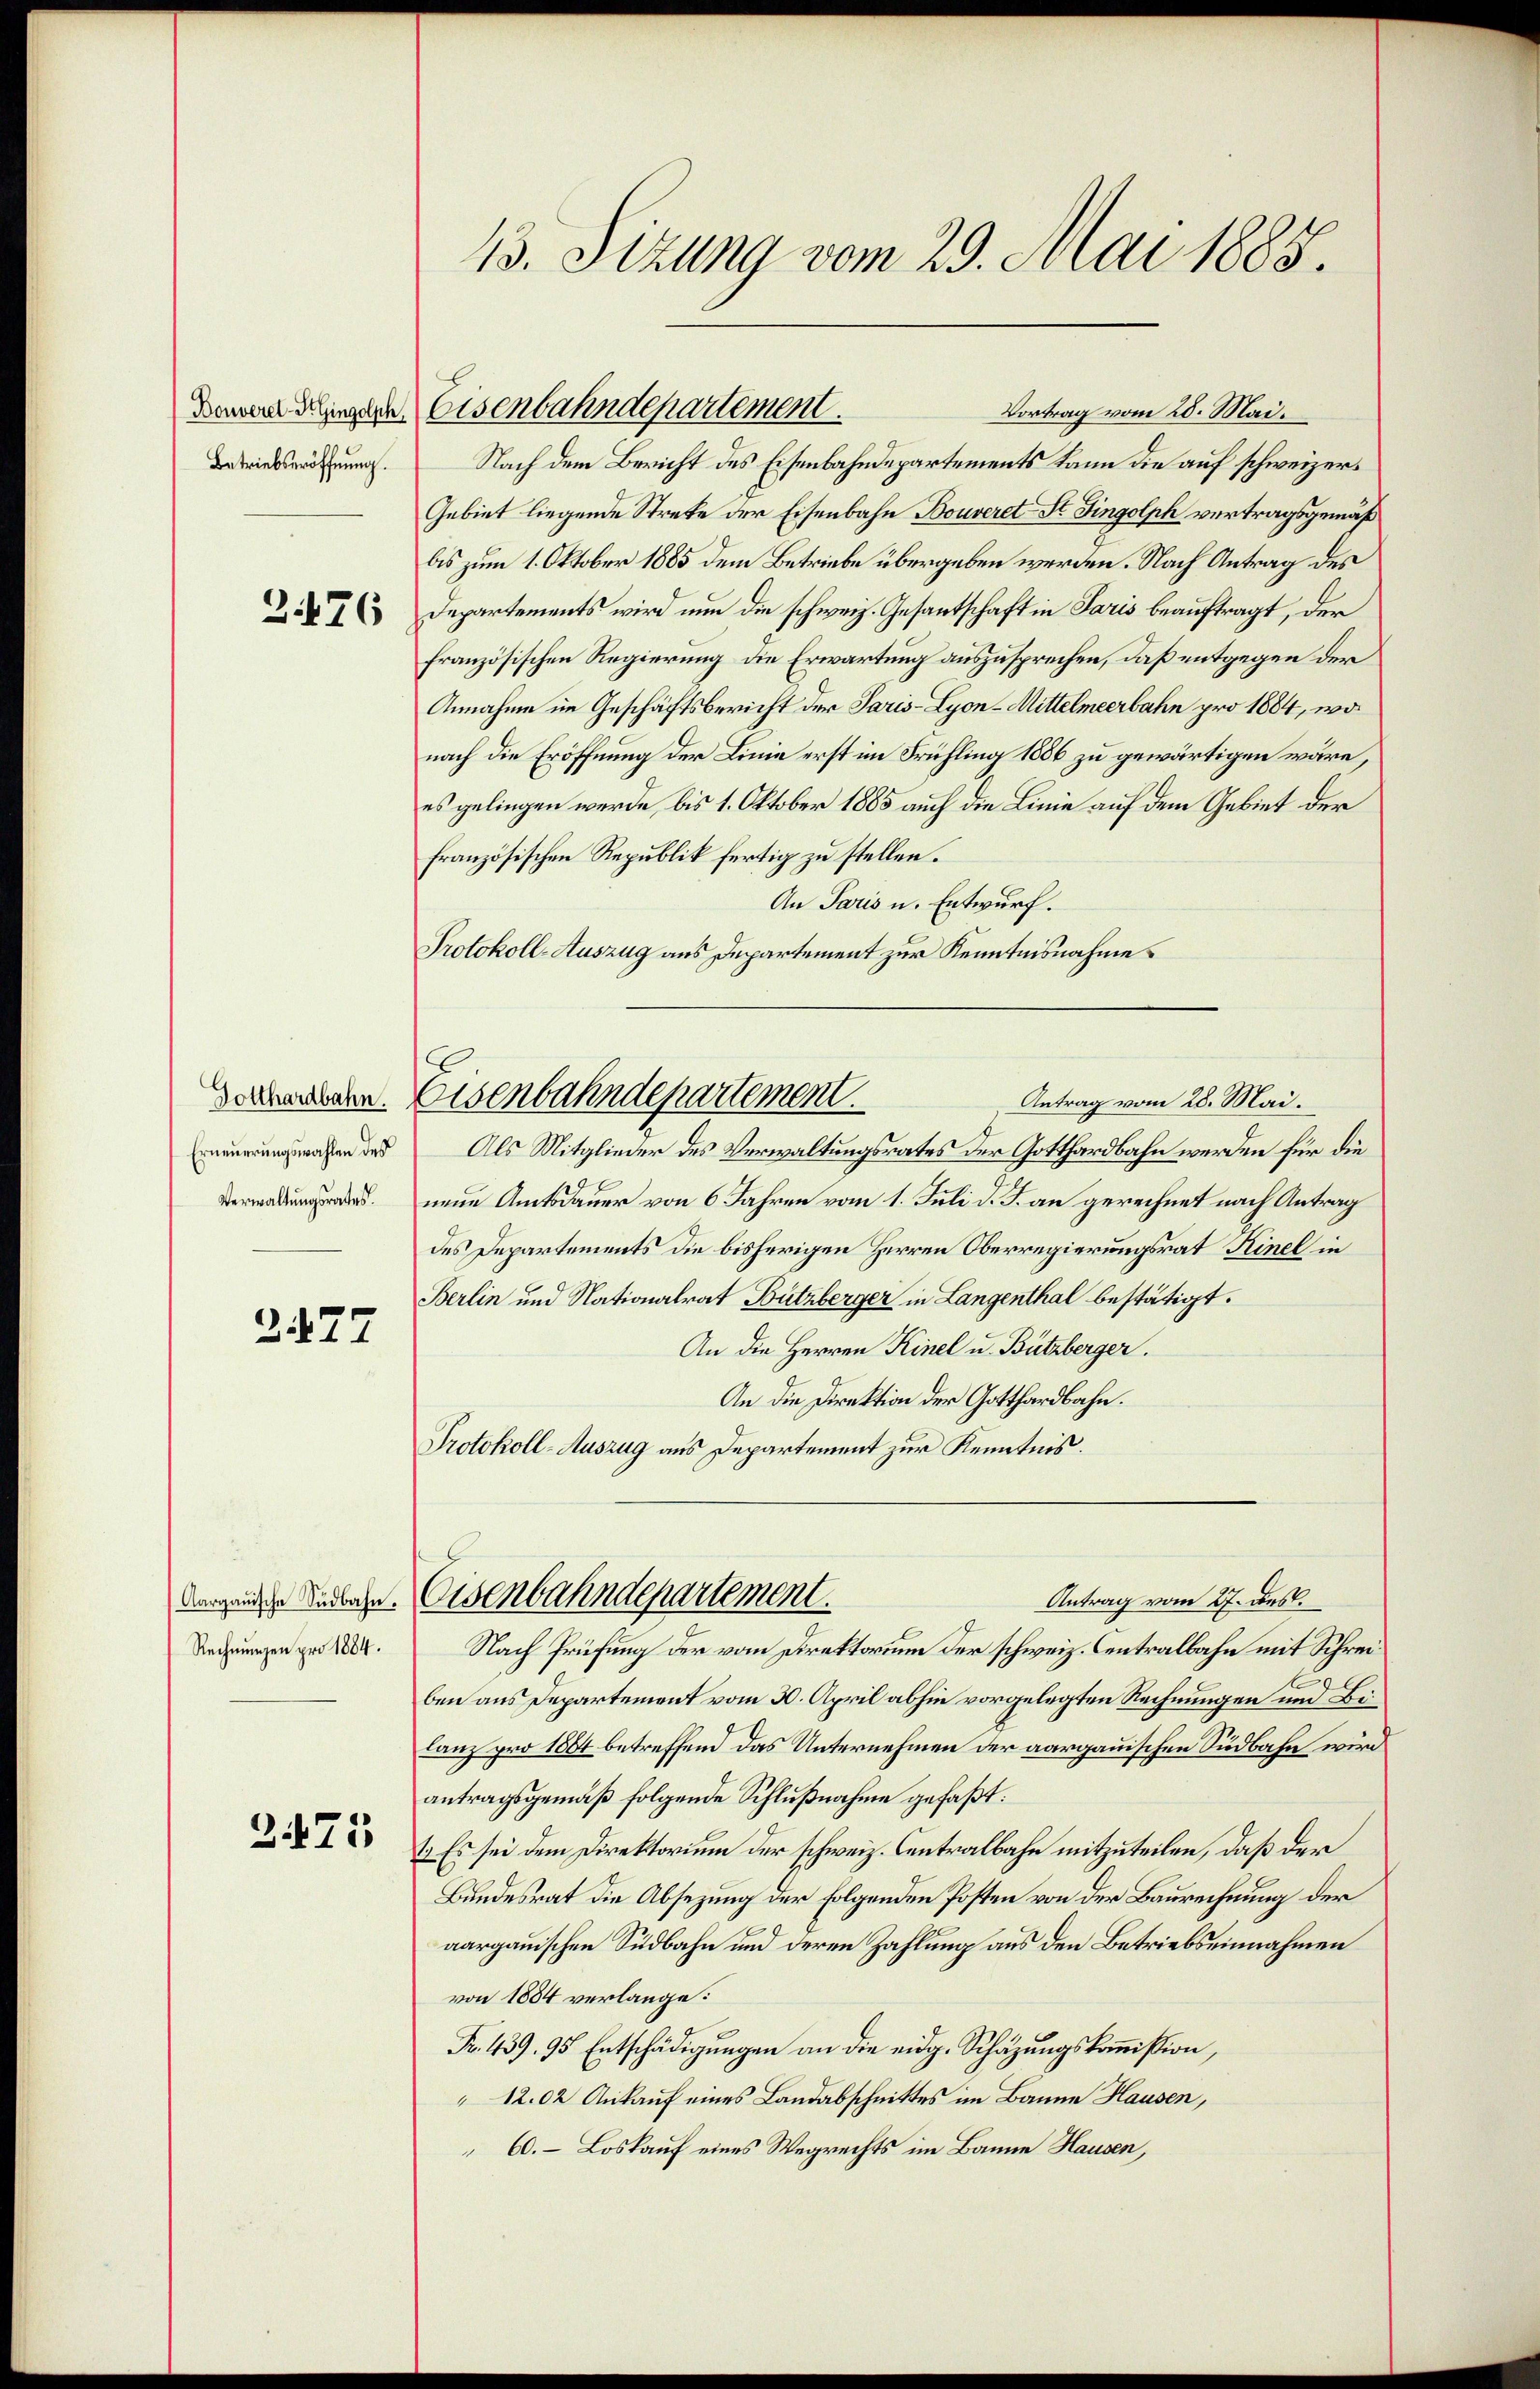
Betriebseröffnung.

2476

Dotthardbahn.
Erneuerungswahlen des
Verwaltungsrates.

277

Aargauische Südbahn.
Rechnungen pro 1884.

2475

f

13. Sizung vom 29. Mai 1883.

Vortrag vom 25. Mai.
Nach dem Bericht des Eisenbahndepartements kann die auf schweizer¬
Gebiet liegende Streke der Eisenbahn Bouveret St. Fingolph vertragsgemäß
bis zum 1. Oktober 1885 dem Betriebe übergeben werden. Nach Antrag des
Departements wird nun die schweiz. Gesantschaft in Paris beauftragt, der
französischen Regierung die Erwartung auszusprechen, daß entgegen der
Annahme im Geschäftsbericht der Paris-Lyon-Mittelmeerbahn pro 1884, wo
nach die Eröffnung der Linie erst im Frühling 1886 zu gewärtigen wäre,
es gelingen werde, bis 1. Oktober 1885 auch die Linie auf dem Gebiet der
französischen Republik fertig zu stellen.
An Paris u. Entwurf.
Protokoll-Auszug aus Departement zur Kenntnisnahme
Eisenbahndepartement.
Antrag vom 28. Mai.
Als Mitglieder des Verwaltungsrates der Gotthardbahn werden für die
neue Amtsdauer von 6 Jahren vom 1. Juli d. J. an gerechnet nach Antrag
des Departements die bisherigen Herren Oberregierungsrat Kinel in
Berlin und Nationalrat Bützberger in Langenthal bestätigt.
An die Herren Kinel u. Bützberger.
An die Direktion der Gotthardbahn.
Protokoll-Auszug aus Departement zur Kenntnis.

Denn Hungen Eisenbahndepartement

Antrag vom 27. des
Eisenbahndepartement.
Nach Prüfung der vom Direktorium der schweiz. Centralbahn mit Schrei¬

ben aus Departement vom 30. April abhin vorgelegten Rechnungen und Bei¬
Lanz pro 1864 betreffend das Unternehmen der aargauischen Südbahn wird
antragsgemäß folgende Schlußnahme gefaßt:
1.) Es sei dem Direktorium der schweiz. Centralbahn mitzuteilen, daß der
Bundesrat die Absezung der folgenden Posten von der Baurechnung der
aargauischen Südbahn und deren Zahlung aus den Betriebseinnahmen
von 1884 verlange:
Fr. 439. 95 Entschädigungen an die eidg. Schäzungskommißion,
12.02 Ankauf eines Landabschnittes im Banne Hausen,
6. Loskauf eines Wegrechts im Banne Hausen,